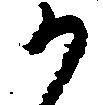
か